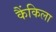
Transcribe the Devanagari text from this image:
कैंकिला